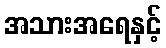
အသားအရေနှင့်